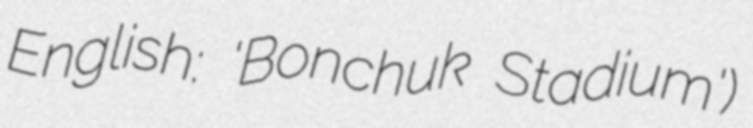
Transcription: English: 'Bonchuk Stadium')